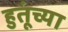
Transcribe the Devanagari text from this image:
हुतूंच्‍या